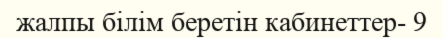
жалпы білім беретін кабинеттер- 9